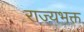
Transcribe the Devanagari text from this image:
राज्यभक्त